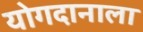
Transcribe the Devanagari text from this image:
योगदानाला